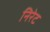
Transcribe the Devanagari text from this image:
निरेट